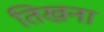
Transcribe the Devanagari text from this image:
तिखना